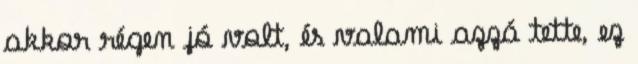
akkor régen jó volt, és valami azzá tette, ez